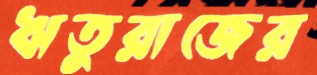
ঋতুরাজের